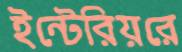
ইন্টেরিয়রে